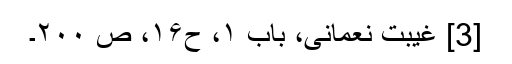
[3] غیبت نعمانی، باب ۱، ح۱۶، ص ۲۰۰۔